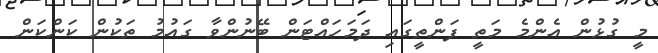
މީ ގުޅުން އެންމެ މަތީ ފަންތީގައި ދަމަހައްޓަން ބޭނުންވާ ގައުމު ތަކުން ކަންކަން